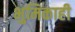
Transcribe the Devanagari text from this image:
भुमिकाही